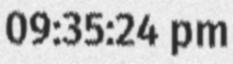
09:35:24 pm